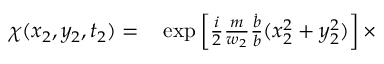
\begin{array} { r l } { \chi ( x _ { 2 } , y _ { 2 } , t _ { 2 } ) = } & { { } \exp \left[ { \frac { i } { 2 } \frac { m } { w _ { 2 } } \frac { \dot { b } } { b } ( x _ { 2 } ^ { 2 } + y _ { 2 } ^ { 2 } ) } \right] \times } \end{array}